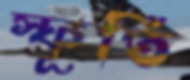
স্ফূর্তি